Indian journal of veterinary science and animal husbandry - Volumes 18-21, 1948-1951
Year: 1948
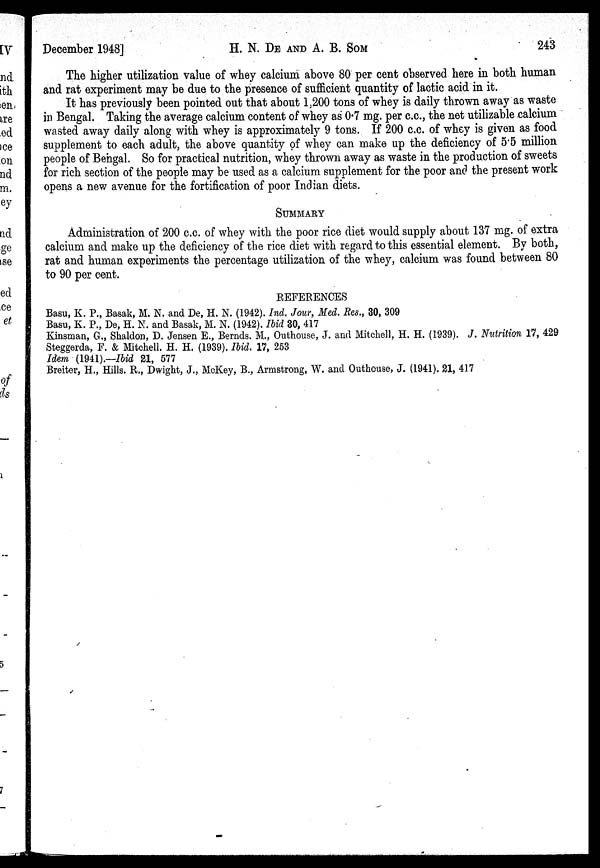
December 1948]
H. N. DE AND A. B.
SOM
243
The higher utilization value of whey calcium above 80 per cent observed here in both human
and rat experiment may be due to the presence of sufficient quantity of lactic acid in it.
It has previously been pointed out that about 1,200 tons of whey is daily thrown away as waste
in Bengal. Taking the average calcium content of whey as 0.7 mg. per c.c., the net utilizable calcium
wasted away daily along with whey is approximately 9 tons. If 200 c.c. of whey is given as food
supplement to each adult, the above quantity of whey can make up the deficiency of 5.5 million
people of Bengal. So for practical nutrition, whey thrown away as waste in the production of sweets
for rich section of the people may be used as a calcium supplement for the poor and the present work
opens a new avenue for the fortification of poor Indian diets.
SUMMARY
Administration of 200 c.c. of whey with the poor rice diet would supply about 137 mg. of extra
calcium and make up the deficiency of the rice diet with regard to this essential element. By both,
rat and human experiments the percentage utilization of the whey, calcium was found between 80
to 90 per cent.
REFERENCES
Basu, K. P., Basak, M. N. and De, H. N. (1942). Ind. Jour, Med. Res., 30, 309
Basu, K. P., De, H. N. and Basak, M. N. (1942). Ibid 30, 417
Kinsman, G., Shaldon, D. Jensen E., Bernds. M., Outhouse, J. and Mitchell, H. H. (1939). J. Nutrition 17, 429
Steggerda, F. & Mitchell. H. H. (1939). Ibid. 17, 253
Idem (1941).—Ibid 81, 577
Breiter, H., Hills. R., Dwight, J., McKey, B., Armstrong, W. and Outhouse, J. (1941). 21, 417